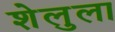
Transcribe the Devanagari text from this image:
शेलुला